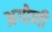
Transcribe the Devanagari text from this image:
अगोणी